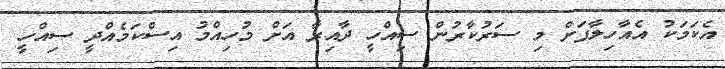
އެކަމަކު އެއާހިލާފަށް މި ސަރުކާރުން ސިއްހީ ދާއިރާ އަށް މުހިއްމު އިސްކަމެއްދީ ސިއްހީ